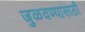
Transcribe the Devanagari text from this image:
जुळवण्यासाठी